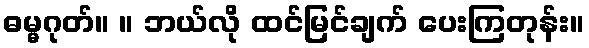
ဓမ္မဂုတ်။ ။ ဘယ်လို ထင်မြင်ချက် ပေးကြတုန်း။